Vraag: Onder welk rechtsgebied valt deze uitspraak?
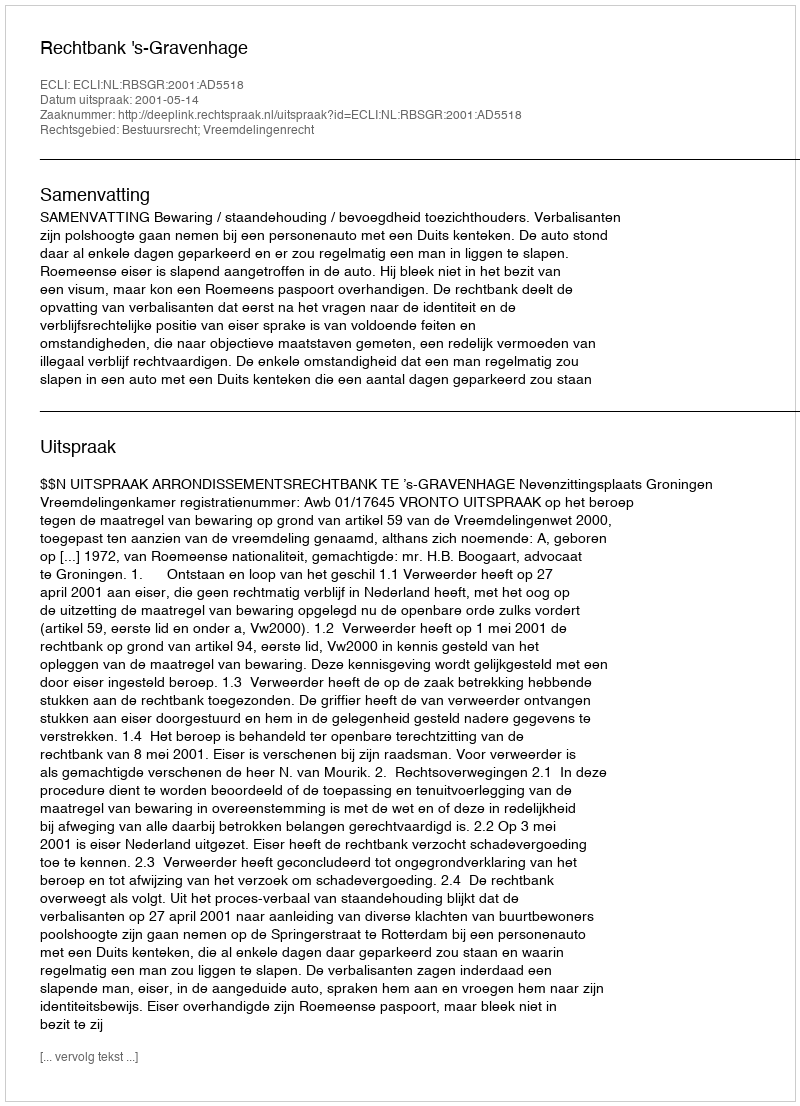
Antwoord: Bestuursrecht; Vreemdelingenrecht